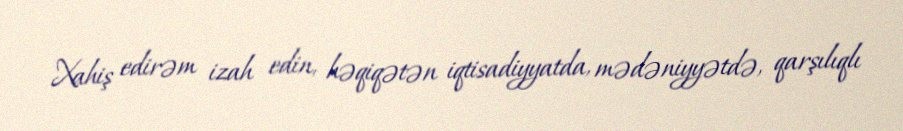
Xahiş edirəm izah edin, həqiqətən iqtisadiyyatda, mədəniyyətdə, qarşılıqlı